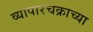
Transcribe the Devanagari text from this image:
व्यापारचक्राच्या